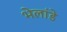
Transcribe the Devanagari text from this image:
भेलांडे